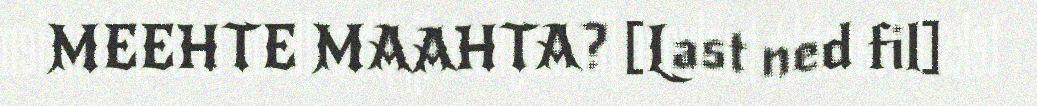
MEEHTE MAAHTA? [Last ned fil]